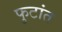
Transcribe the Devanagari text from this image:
फुटांत